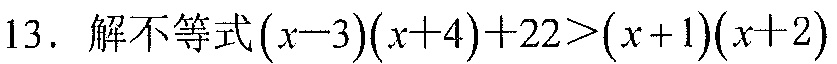
13. 解不等式\((x - 3)(x + 4)+22>(x + 1)(x + 2)\)